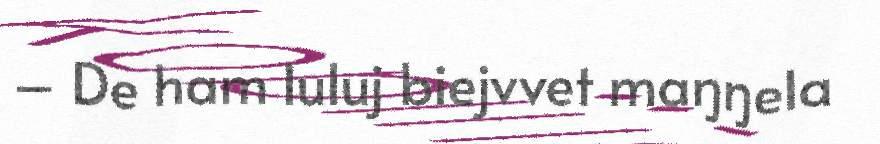
– De ham luluj biejvvet maŋŋela